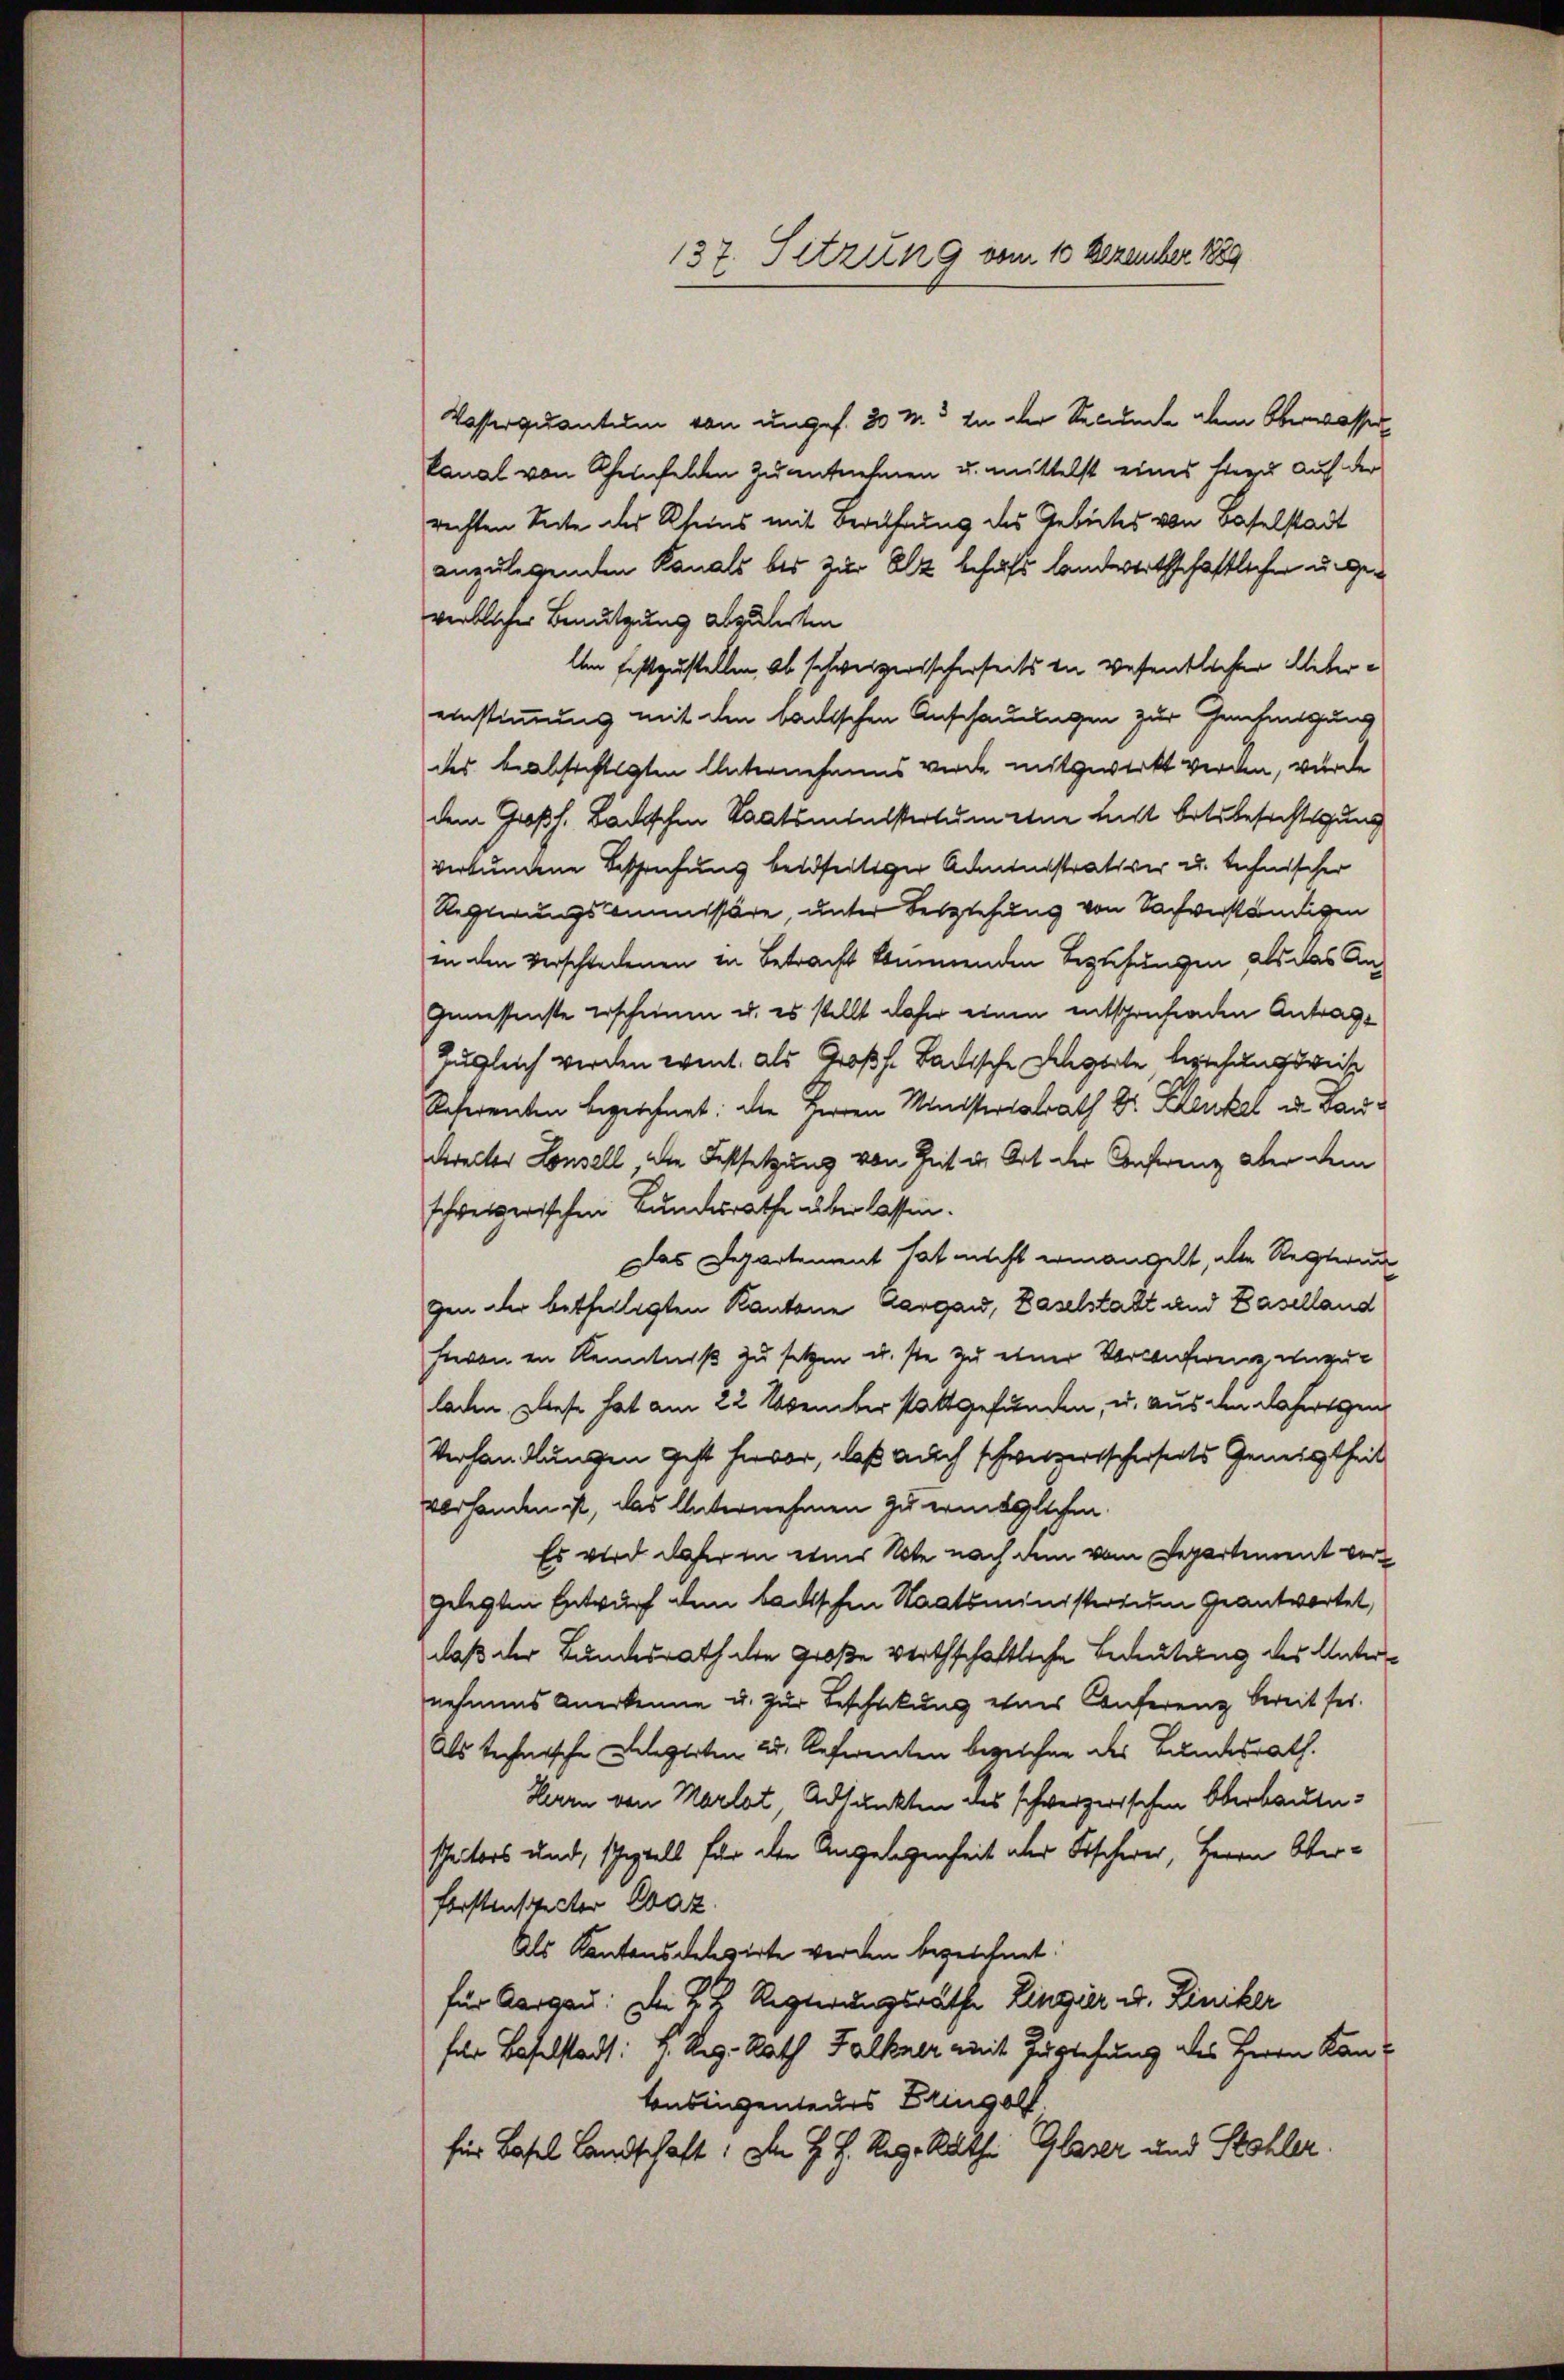
137. Sitzung vom 10 Dezember 1889

Kasserquantum von unges. 20 M. In der Secunde dem Oberwasser
kanal von Rheinfelden zu entnehmen u. mittelst eines siegel auf der
rechten Seite des Kleins mit Berufung des Gebietes von Baselstadt
anzulegenden Kanals bis zur Olz behaft landererthschaftlicher u. geverblicher Benutzung abzuleiten
Am festzustellen, ob schweizerischerseits in wesentlicher Uebereinstimmung mit den badischen Anschauungen zur Genehmigung
des beabsichtigten Unternehmens werde mitgewirkt werden, wurde
dem Großh. Badischen Staatsministertum eine nicht betrbesichtigung
verbundene Besprechung beidseitiger Administrativer u. technischer
Regierungscommissäre, unter Beziehung von Sachverständigen
in den verschiedenen in Betracht kennenden Beziehungen als das Angemessenste erschienen u. es stellt daher einen entschrufenden Antrage
Zugleich werden event. als Großh. Badische Dengerte beziehungsweise
Referenten bezeichnet: die Herren Ministerialrath Dr. Klenkel u. Baudirector Lousell, die Festsetzung von Zeit in Ort der Conferenz aber dem
schweizerischen Bundesrathe überlassen.
Das Departement hat nicht ermangelt, der Regierun
gen der betheiligten Kantone dargau, Baselstatt und Baselland
Fevon in Kenntniß zu setzen u. ste zu einer Vorkonferenz unzuladen, liefe hat am 22 November stattgefunden, u. aus den daherigen
Verhandlungen geht hievor, daß auch schwerersscherfertes Geneigtheil
vorhanden ist, das Unternehmen zu eringlichen.
Es wird daher in einer Note nach dem vom Departement vorgelegten Entwurf dem badischen Staatsministerium geantwortet,
daß der Bundesrath die Große verthschaftliche Bedeutung des Unternehmens Anerkenne u. zur Beschickung etwas Conferenz bereit sei.
Als technische Delegerten 25. Referenten bezeichne des Bundesrath.
Herrn von Marlot, Adjunkten des schweizerischen Oberbautespeiters und, scheptels für den Angelegenheit aber Fischerer, Herrn Oberforstenspecter Laz
Als Kantonsdelegirte werden bezeichnet.
für Aargau: Der K. H. Regierungsräthe Lingier u. Liniker
für Baselstadt: H. Reg. Rath Falkner mit Zuglehung des Herrn Kan¬
Contingenteurs Dringelt.
für Basel Landschaft: Den H. H. Reg. Räthe Glaser und Stohler.